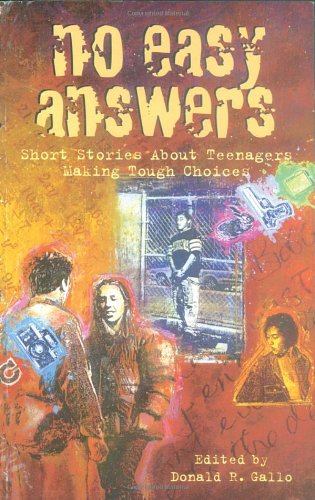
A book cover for No Easy Answers: Short Stories About Teenagers Making Tough Choices (Laurel-Leaf Books); Donald R. Gallo; Teen & Young Adult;